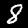
Digit: 8